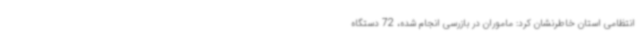
انتظامی استان خاطرنشان کرد: ماموران در بازرسی انجام شده، 72 دستگاه